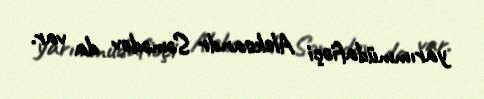
yarımmüdafiəçi Aleksandr Səmədov da var.